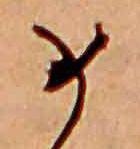
め